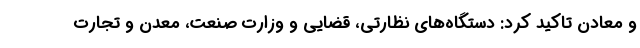
و معادن تاکید کرد: دستگاه‌های نظارتی، قضایی و وزارت صنعت، معدن و تجارت